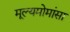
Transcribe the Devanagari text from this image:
मूल्यमोमांसा